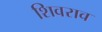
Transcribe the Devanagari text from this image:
शिवराव